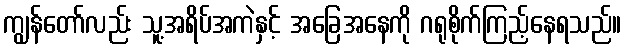
ကျွန်တော်လည်း သူ့အရိပ်အကဲနှင့် အခြေအနေကို ဂရုစိုက်ကြည့်နေရသည်။